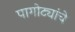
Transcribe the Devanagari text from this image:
पागोट्यांचे